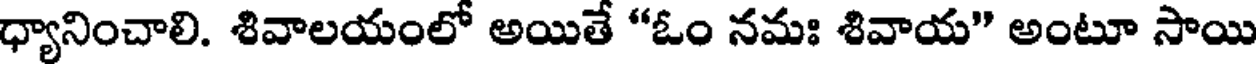
ధ్యానించాలి. శివాలయంలో అయితే "ఓం నమః శివాయ" అంటూ సాయి